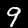
Label: 9